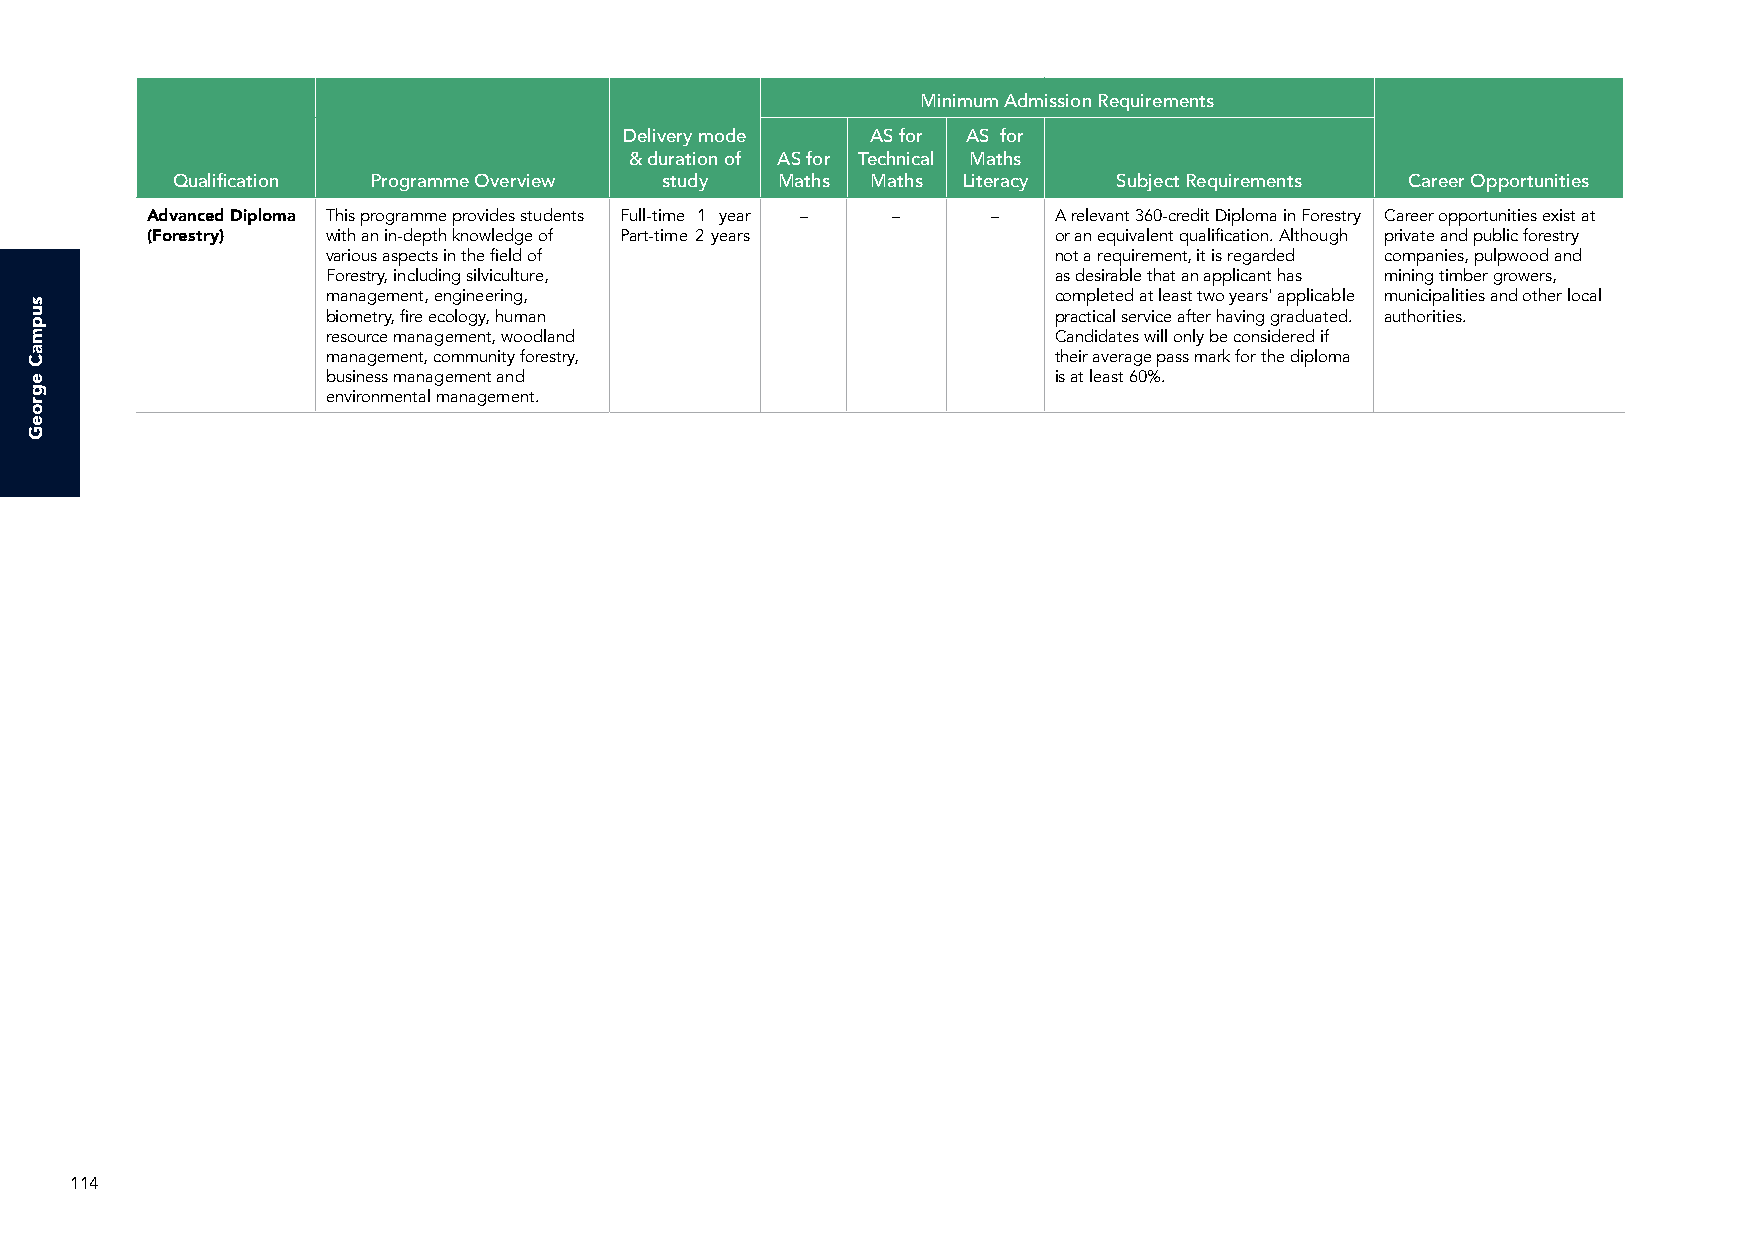
Minimum Admission Requirements
 Delivery mode    AS for AS for
 & duration of AS for Technical Maths
 Qualification Programme Overview study  Maths  Maths Literacy  Subject Requirements Career Opportunities
 Advanced Diploma This programme provides students Full-time 1 year – – – A relevant 360-credit Diploma in Forestry Career opportunities exist at
 (Forestry)  with an in-depth knowledge of Part-time 2 years or an equivalent qualification. Although private and public forestry
 various aspects in the field of                 not a requirement, it is regarded companies, pulpwood and
 Forestry, including silviculture,               as desirable that an applicant has mining timber growers,
 management, engineering,                        completed at least two years' applicable municipalities and other local
 biometry, fire ecology, human                   practical service after having graduated. authorities.
 resource management, woodland                   Candidates will only be considered if
 management, community forestry,                 their average pass mark for the diploma
 business management and                         is at least 60%.
 environmental management.
 114
 supmaC
 egroeG